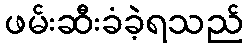
ဖမ်းဆီးခံခဲ့ရသည်